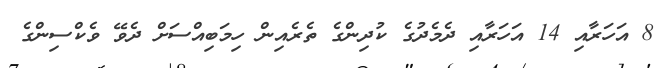
8 އަހަރާއި 14 އަހަރާއި ދެމެދުގެ ކުދިންގެ ތެރެއިން ހިމަބިއްސަށް ދެވޭ ވެކްސިންގެ